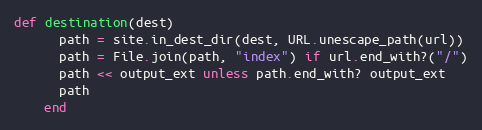
Language: Ruby
def destination(dest)
      path = site.in_dest_dir(dest, URL.unescape_path(url))
      path = File.join(path, "index") if url.end_with?("/")
      path << output_ext unless path.end_with? output_ext
      path
    end